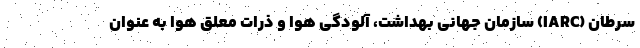
سرطان (IARC) سازمان جهانی بهداشت، آلودگی هوا و ذرات معلق هوا به عنوان